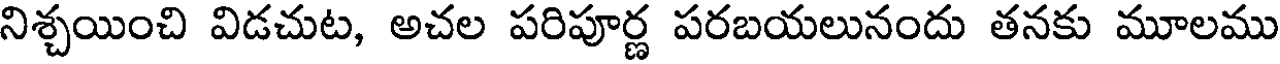
నిశ్చయించి విడచుట, అచల పరిపూర్ణ పరబయలునందు తనకు మూలము